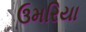
ઉમરિયા